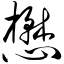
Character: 懋